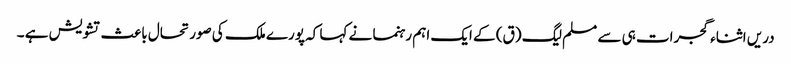
دریں اثناء گجرات ہی سے مسلم لیگ (ق) کے ایک اہم رہنما نے کہا کہ پورے ملک کی صورتحال باعث تشویش ہے ۔